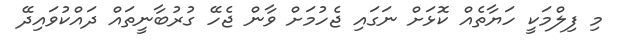
މި ފިލްމަކީ ހަޔާތެއް ކޮޅަށް ނަގައި ޖެހުމަށް ވާން ޖެހޭ ގުރުބާނީތައް ދައްކުވައިދޭ